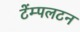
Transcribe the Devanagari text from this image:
टेंम्पलटन